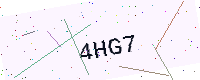
Text: 4HG7